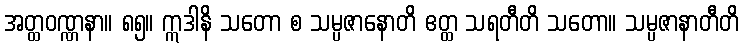
အတ္ထဝဏ္ဏနာ။ ၈၅။ ဣဒါနိ သတော စ သမ္ပဇာနောတိ ဧတ္ထ သရတီတိ သတော။ သမ္ပဇာနာတီတိ